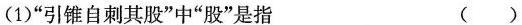
(1)”引锥自刺其股”中”股”是指 ()